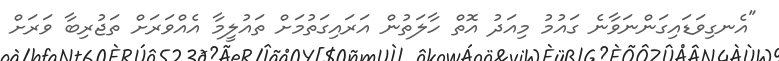
"އެނގިވަޑައިގަންނަވާނެ ގައުމު މިއަދު އޮތް ހާލަތުން އަރައިގަތުމަށް ތައުލީމާ އެއްވަރަށް ތަޖުރިބާ ވަރަށް